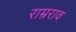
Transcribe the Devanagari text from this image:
राम्रराव